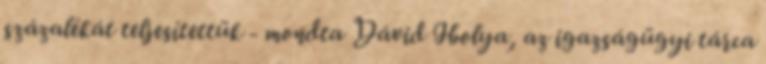
százalékát teljesítettük - mondta Dávid Ibolya, az igazságügyi tárca